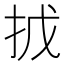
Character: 㧔